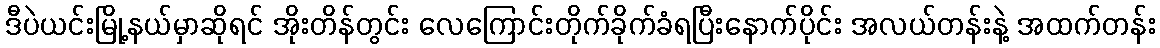
ဒီပဲယင်းမြို့နယ်မှာဆိုရင် အိုးတိန်တွင်း လေကြောင်းတိုက်ခိုက်ခံရပြီးနောက်ပိုင်း အလယ်တန်းနဲ့ အထက်တန်း